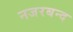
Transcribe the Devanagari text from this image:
नजरबन्‍द